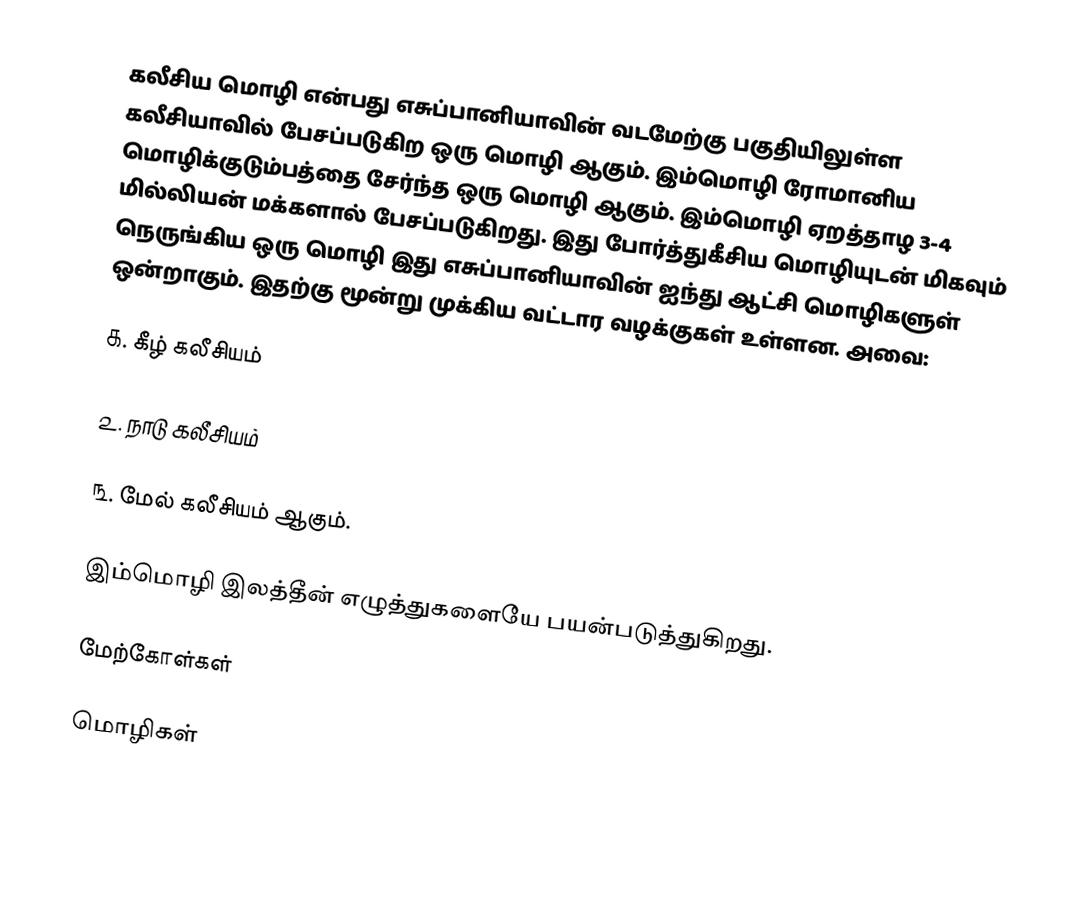
கலீசிய மொழி என்பது எசுப்பானியாவின் வடமேற்கு பகுதியிலுள்ள கலீசியாவில் பேசப்படுகிற ஒரு மொழி ஆகும். இம்மொழி ரோமானிய மொழிக்குடும்பத்தை சேர்ந்த ஒரு மொழி ஆகும். இம்மொழி ஏறத்தாழ 3-4 மில்லியன்  மக்களால் பேசப்படுகிறது. இது போர்த்துகீசிய மொழியுடன் மிகவும் நெருங்கிய ஒரு மொழி  இது எசுப்பானியாவின் ஐந்து ஆட்சி மொழிகளுள் ஒன்றாகும். இதற்கு மூன்று முக்கிய வட்டார வழக்குகள் உள்ளன. அவை:

௧. கீழ் கலீசியம்

௨. நாடு கலீசியம்

௩. மேல் கலீசியம்  ஆகும்.

இம்மொழி இலத்தீன் எழுத்துகளையே பயன்படுத்துகிறது.

மேற்கோள்கள்

மொழிகள்